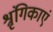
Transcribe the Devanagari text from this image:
श्रृंगिकाएं